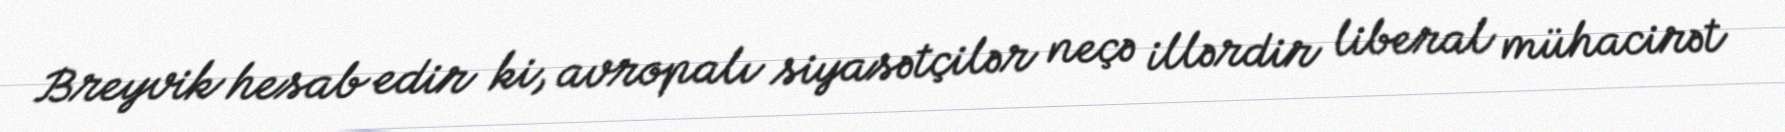
Breyvik hesab edir ki, avropalı siyasətçilər neçə illərdir liberal mühacirət